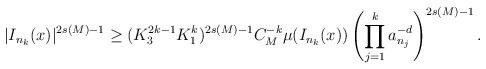
LaTeX: \begin{align*}|I_{n_k}(x)|^{2s(M)-1} \geq (K_3^{2k-1}K_1^k)^{2s(M)-1} C_M^{-k} \mu(I_{n_k}(x)) \left(\prod_{j=1}^k a_{n_j}^{-d}\right)^{{2} s(M)-1}.\end{align*}